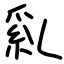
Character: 乿